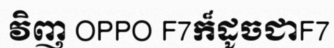
វិញ OPPO F7ក៏ដូចជាF7